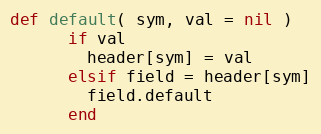
Language: Ruby
def default( sym, val = nil )
      if val
        header[sym] = val
      elsif field = header[sym]
        field.default
      end